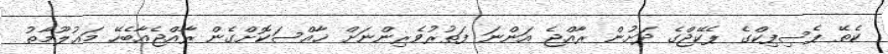
ކެތޭ ޕެސިފިކްގެ ޕެކޭޖްގެ ދަށުން ރާއްޖެ އަންނަ ފަތުރުވެރިންނަށް ޚާއްސަކޮށްގެން ރާއްޖެއާބެހޭ މަޢުލޫމާތު